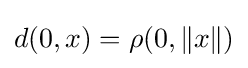
d(0,x)=\rho (0,\|x\|)